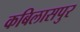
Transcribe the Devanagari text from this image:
कबिलासपुर